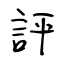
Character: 評